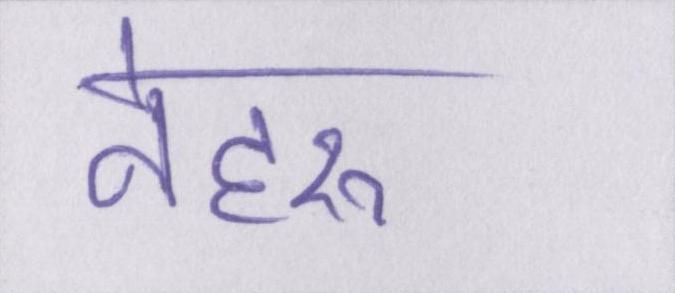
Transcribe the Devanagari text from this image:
नेहरू